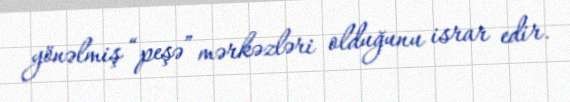
yönəlmiş “peşə” mərkəzləri olduğunu israr edir.